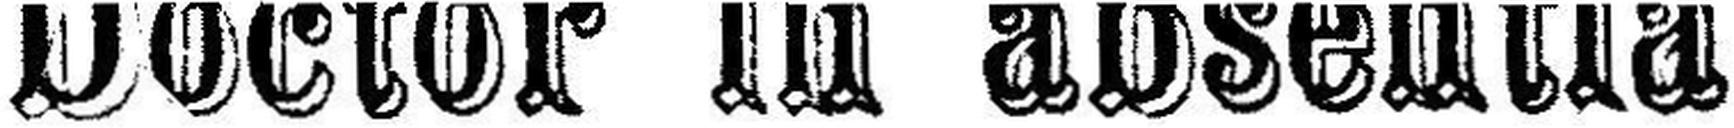
Doctor in absentia